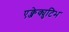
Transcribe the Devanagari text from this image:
एक्जेक्युटिभ